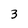
Character: 3